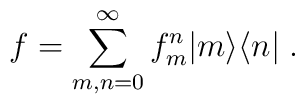
f=\sum_{m,n=0}^{\infty}f_m^n|m\rangle\langle n|\;.